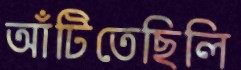
আঁটিতেছিলি